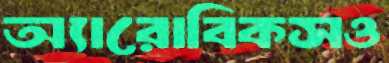
অ্যারোবিকসও